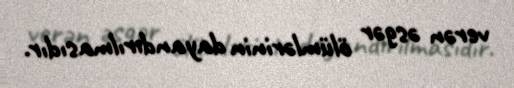
verən əsgər ölümlərinin dayandırılmasıdır.